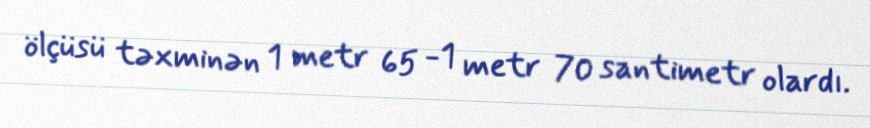
ölçüsü təxminən 1 metr 65 -1 metr 70 santimetr olardı.